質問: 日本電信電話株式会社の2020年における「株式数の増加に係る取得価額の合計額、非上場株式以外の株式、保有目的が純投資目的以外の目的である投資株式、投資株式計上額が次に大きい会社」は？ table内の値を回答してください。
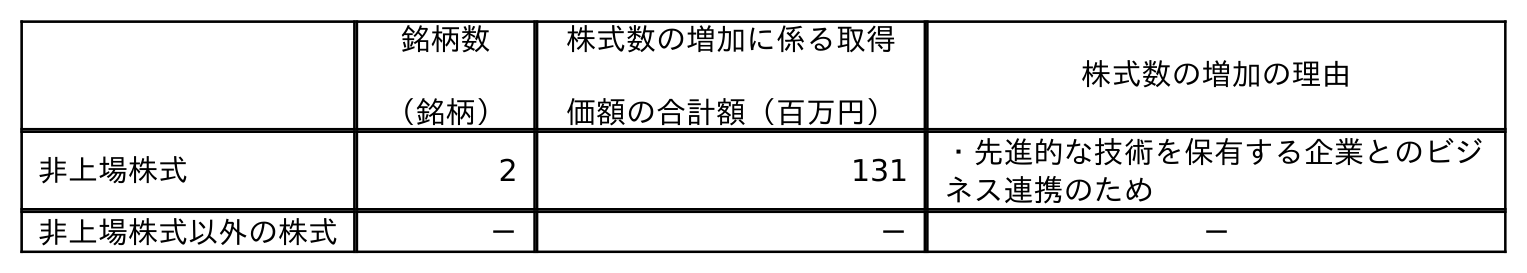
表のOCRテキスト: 銘柄数 （銘柄） 株式数の増加に係る取得 価額の合計額（百万円） 株式数の増加の理由 非上場株式 2 131 ・先進的な技術を保有する企業とのビジ ネス連携のため 非上場株式以外の株式 － － －
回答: －